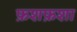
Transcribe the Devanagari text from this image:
फ़शफ़शा